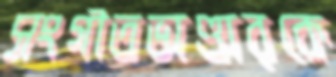
সংগীতভাণ্ডারকে